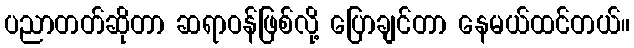
ပညာတတ်ဆိုတာ ဆရာဝန်ဖြစ်လို့ ပြောချင်တာ နေမယ်ထင်တယ်။